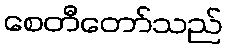
စေတီတော်သည်